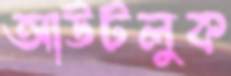
আউটলুক